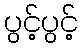
ပွင့်ပွင့်